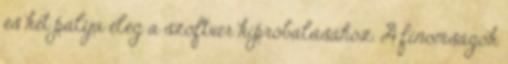
és két pálya elég a szoftver kipróbálásához. A finomságok